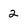
Character: 2